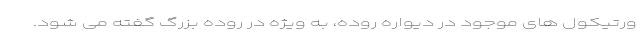
ورتیکول های موجود در دیواره روده، به ویژه در روده بزرگ گفته می شود.